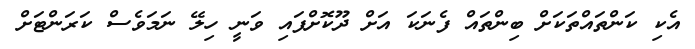
އެކި ކަންތައްތަކަށް ބިންތައް ފެނަކަ އަށް ދޫކޮށްފައި ވަނީ ހިލޭ ނަމަވެސް ކަރަންޓަށް